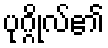
ပုဂ္ဂိုလ်၏